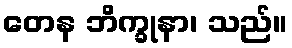
တေန ဘိက္ခုနာ၊ သည်။